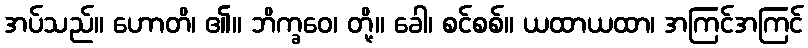
အပ်သည်။ ဟောတိ၊ ၏။ ဘိက္ခဝေ၊ တို့။ ခေါ၊ စင်စစ်။ ယထာယထာ၊ အကြင်အကြင်